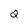
Character: Q